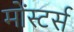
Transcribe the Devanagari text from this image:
मोंस्टर्स